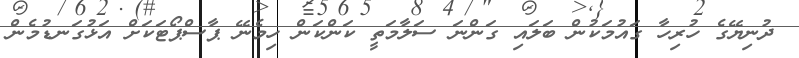
ދުނިޔޭގެ ހުރިހާ ގައުމަކުން ބަލައި ގަންނަ ސަލާމަތީ ކަންކަން ހިމެނޭ ޕާސްޕޯޓަކަށް އަޅުގަނޑުމެން